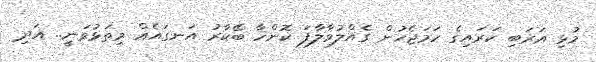
މުޅި އަރަބި ކަރައިގެ ހަމަޖެހުން ގެއްލުވާލާފަ ކޮންހާ ބޭކާރު އަނގައެއް މިތަޅުވަނީ.. އަދި